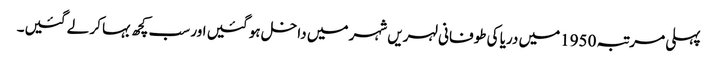
پہلی مرتبہ 1950میں دریا کی طوفانی لہریں شہر میں داخل ہو گئیں اور سب کچھ بہا کر لے گئیں۔